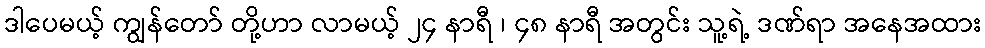
ဒါပေမယ့် ကျွန်တော် တို့ဟာ လာမယ့် ၂၄ နာရီ ၊ ၄၈ နာရီ အတွင်း သူ့ရဲ့ ဒဏ်ရာ အနေအထား